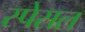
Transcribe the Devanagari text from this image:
स्पेसल